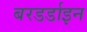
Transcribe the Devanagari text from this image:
बरडर्डाइन